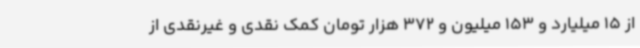
از 15 میلیارد و 153 میلیون و 372 هزار تومان کمک نقدی و غیرنقدی از